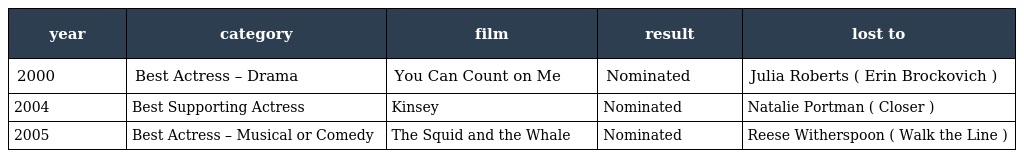
| year | category | film | result | lost to |
 | --- | --- | --- | --- | --- |
 | 2000 | Best Actress – Drama | You Can Count on Me | Nominated | Julia Roberts ( Erin Brockovich ) |
 | 2004 | Best Supporting Actress | Kinsey | Nominated | Natalie Portman ( Closer ) |
 | 2005 | Best Actress – Musical or Comedy | The Squid and the Whale | Nominated | Reese Witherspoon ( Walk the Line ) |